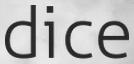
dice